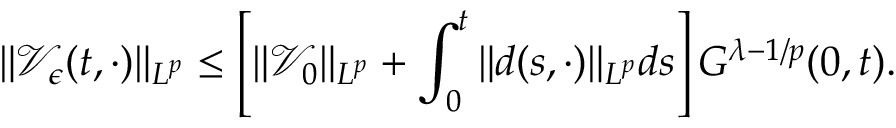
\| \mathcal { V } _ { \epsilon } ( t , \cdot ) \| _ { L ^ { p } } \leq \left[ \| \mathcal { V } _ { 0 } \| _ { L ^ { p } } + \int _ { 0 } ^ { t } \| d ( s , \cdot ) \| _ { L ^ { p } } d s \right] G ^ { \lambda - 1 / p } ( 0 , t ) .